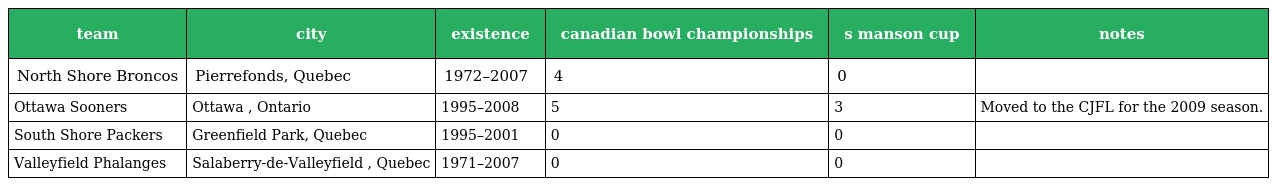
| team | city | existence | canadian bowl championships | s manson cup | notes |
 | --- | --- | --- | --- | --- | --- |
 | North Shore Broncos | Pierrefonds, Quebec | 1972–2007 | 4 | 0 |  |
 | Ottawa Sooners | Ottawa , Ontario | 1995–2008 | 5 | 3 | Moved to the CJFL for the 2009 season. |
 | South Shore Packers | Greenfield Park, Quebec | 1995–2001 | 0 | 0 |  |
 | Valleyfield Phalanges | Salaberry-de-Valleyfield , Quebec | 1971–2007 | 0 | 0 |  |